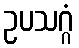
ဥပသဂ္ဂံ